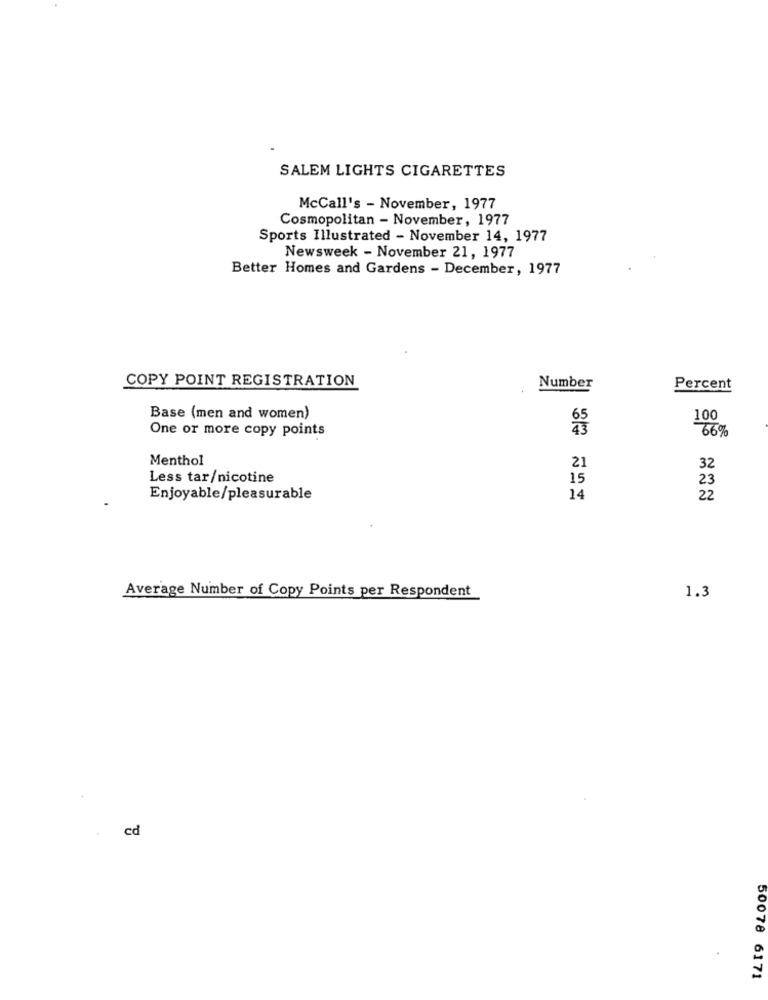
SALEM LIGHTS CIGARETTES
McCall's - November, 1977
Cosmopolitan - November, 1977
Sports Illustrated - November 14, 1977
Newsweek - November 21, 1977
Better Homes and Gardens - December, 1977
COPY POINT REGISTRATION
Number
Percent
Base (men and women)
100
One or more copy points
66%
Menthol
21
32
Less tar/nicotine
15
23
Enjoyable/pleasurable
14
22
Average Number of Copy Points per Respondent
1.3
cd
50078 6171